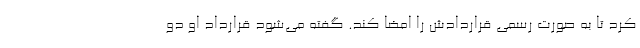
کرد تا به صورت رسمی قراردادش را امضا کند. گفته می‌شود قرارداد او دو